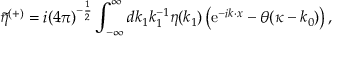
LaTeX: \tilde { \eta } ^ { ( + ) } = i ( 4 \pi ) ^ { - { \frac { 1 } { 2 } } } \int _ { - { \infty } } ^ { \infty } d k _ { 1 } k _ { 1 } ^ { - 1 } \eta ( k _ { 1 } ) \left( \mathrm { e } ^ { - i k \cdot x } - \theta ( \kappa - k _ { 0 } ) \right) ,